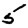
Digit: 5